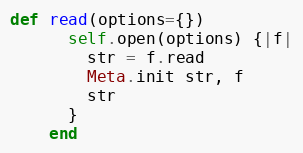
Language: Ruby
def read(options={})
      self.open(options) {|f|
        str = f.read
        Meta.init str, f
        str
      }
    end